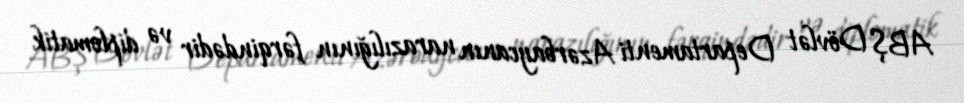
ABŞ Dövlət Departamenti Azərbaycanın narazılığının fərqindədir və diplomatik